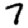
Digit: 7